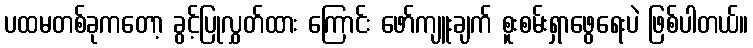
ပထမတစ်ခုကတော့ ခွင့်ပြုလွှတ်ထား ကြောင်း ဖော်ကျူးချက် စူးစမ်းရှာဖွေရေးပဲ ဖြစ်ပါတယ်။